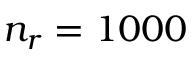
n _ { r } = 1 0 0 0